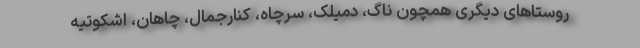
روستاهای دیگری همچون ناگ، دمیلک، سرچاه، کُنارجمال، چاهان، اشکوتیه